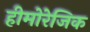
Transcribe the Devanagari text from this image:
हीमोरेजिक